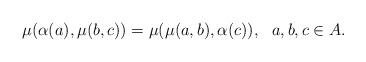
LaTeX: \begin{align*}\mu ( \alpha (a) , \mu ( b , c) ) = \mu ( \mu (a , b) , \alpha (c)), ~~ a, b, c \in A. \end{align*}